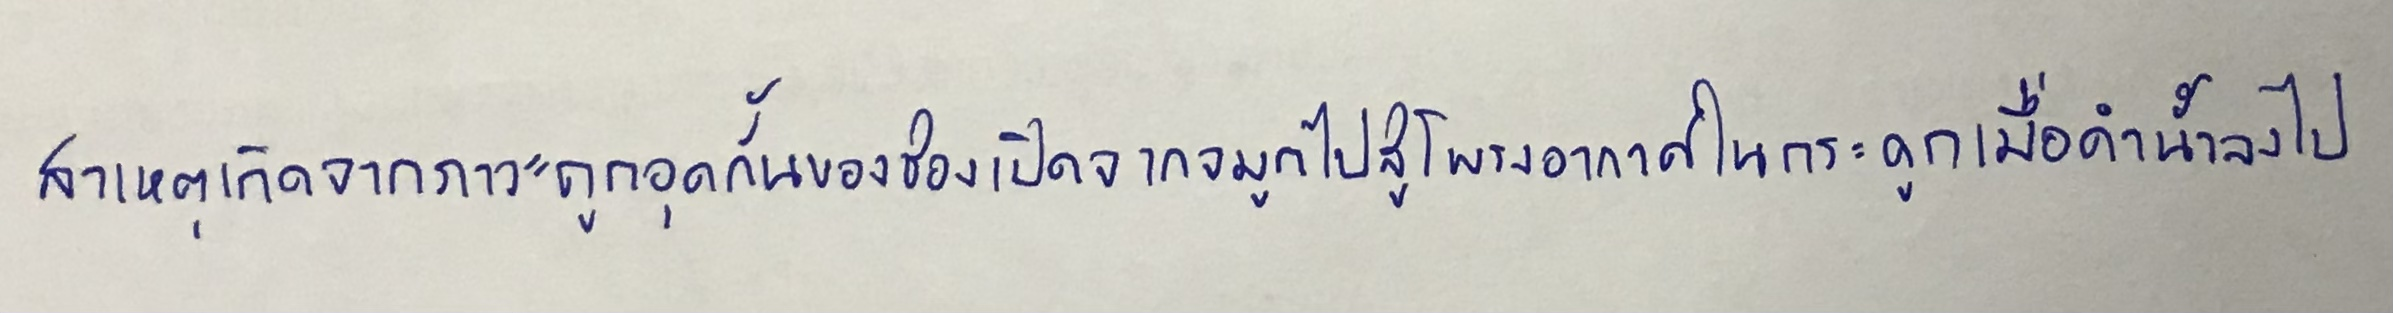
สาเหตุเกิดจากภาวะถูกอุดกั้นของช่องเปิดจากจมูกไปสู่โพรงอากาศในกระดูกเมื่อดำน้ำลงไป